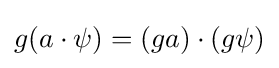
g(a\cdot \psi )=(ga)\cdot (g\psi )